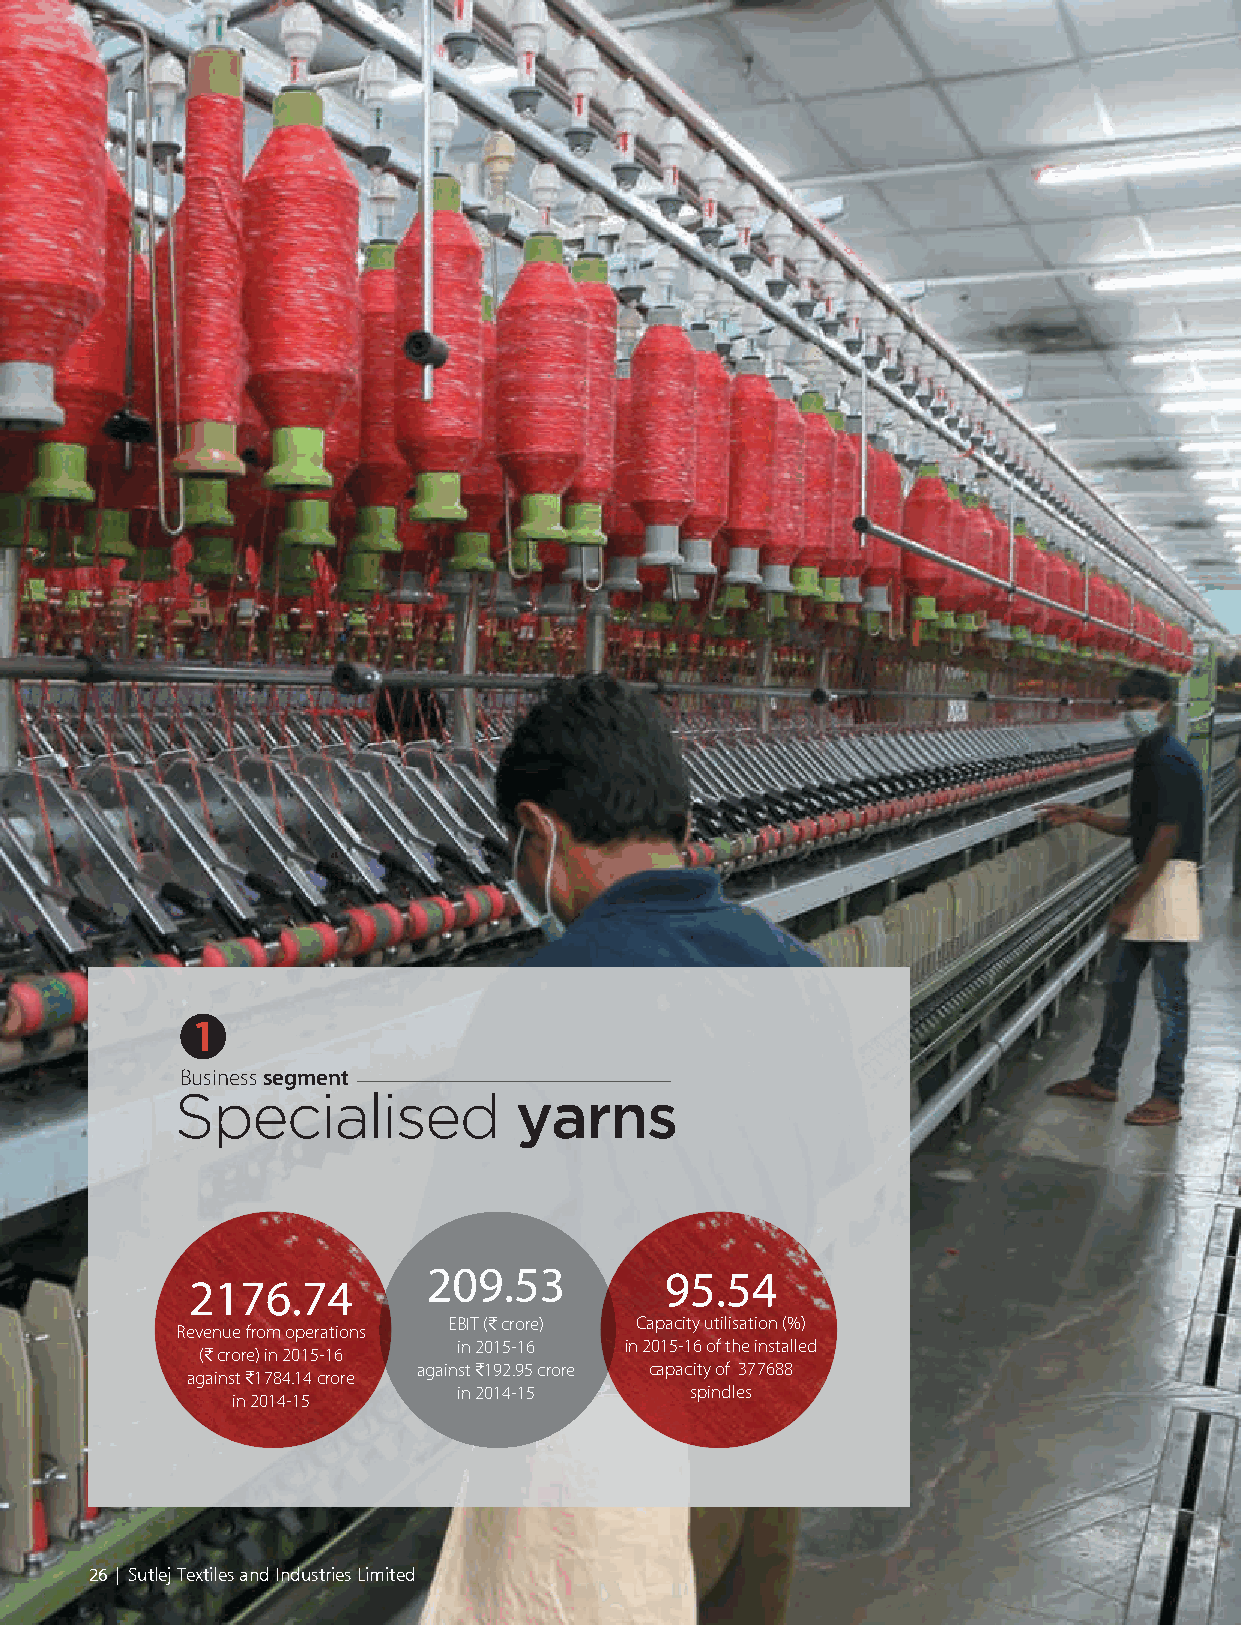
1
 Business segment
 Specialised           yarns
 209.53          95.54
 2176.74
 EBIT (C crore) Capacity utilisation (%)
 Revenue from operations
 (C crore) in 2015-16 in 2015-16 in 2015-16 of the installed
 against C1784.14 crore against C192.95 crore capacity of 377688
 in 2014-15      spindles
 in 2014-15
 26 | Sutlej Textiles and Industries Limited